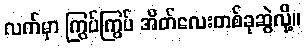
လက်မှာ ကြွပ်ကြွပ် အိတ်လေးတစ်ခုဆွဲလို့။